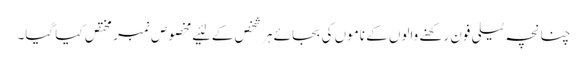
چنانچہ ٹیلی فون رکھنے والوں کے ناموں کی بجائے ہر شخص کے لئیے مخصوص نمبر مختص کیا گیا۔